Leprosy in India: report of the Leprosy Commission in India, 1890-91
Year: 1890
Disease focus: Leprosy
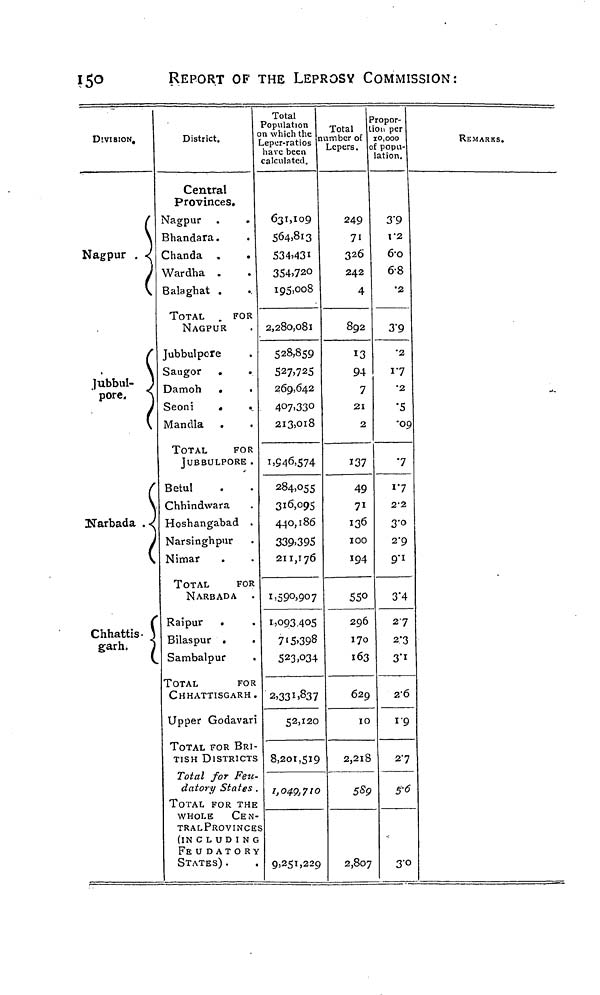
150
REPORT OF THE LEPROSY COMMISSION:
DIVISION,
Nagpur .
Jubbul-
pore.
(
Narbada .
(
(
Chhattis-
garh.
(
District.
Central
Provinces.
Nagpur
Bhandara.
Chanda
Wardha
Balaghat
TOTAL
FOR
NAGPUR
Jubbulpore
Saugor .
Damoh .
Seoni
Mandla
TOTAL
FOR
JUBBULPORE .
Betul
Chhindwara
Hoshangabad .
Narsinghpur
Nimar
TOTAL
FOR
NARBADA
Raipur .
Bilaspur .
Sambalpur
TOTAL
FOR
CHHATTISGARH
Upper Godavari
TOTAL FOR BRI-
TISH DISTRICTS
Total for Feu
datory States
TOTAL FOR THE
WHOLE CEN-
TRAL PROVINCE
(IN C L U D I N G
FEUDATORY
STATES) .
Total
Population
n which the
Leper-ratios
have been
calculated.
631,109
564,813
534,431
354,720
195,008
2,280,081
528,859
527,725
269,642
407,330
213,018
1,946,574
284,055
316,095
440,186
339.395
211,176
1,590,907
1,093,405
715,398
523,034
2,331,837
52,120
8,201,519
1,049,710
9,251,229
Total
number of
Lepers.
249
71
326
242
4
892
13
94
7
21
2
137
49
71
136
100
194
550
296
170
163
629
10
2,218
2,807
Propor-
ion per
10,000
of popu-
lation.
3.9
\'2
6.0
68
•2
3.9
•2
1.7
2
5
0
7
1.7
22
3.0
2.9
9.1
3.4
27
2.3
3.1
2.6
1.9
27
5.6
3.0
REMARKS.